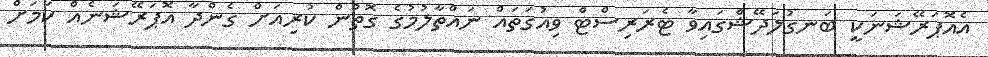
އެއޮޕަރޭޝަނަކީ ބަނގުލަދޭޝްގައިވާ ޓެރަރިސްޓް ވިއުގަތައް ނައްތާލުމުގެ ގޮތުން ކުރިއަށް ގެންދާ އޮޕަރޭޝަނެއް ކަމަށް